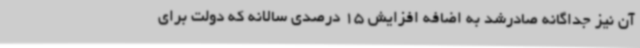
آن نیز جداگانه صادرشد به اضافه افزایش 15 درصدی سالانه که دولت برای